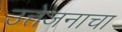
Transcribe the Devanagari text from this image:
उत्तेजनाचा